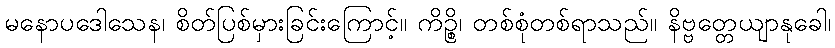
မနောပဒေါသေန၊ စိတ်ပြစ်မှားခြင်းကြောင့်။ ကိဉ္စိ၊ တစ်စုံတစ်ရာသည်။ နိဗ္ဗတ္တေယျာနုခေါ၊